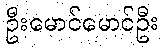
ဦးမောင်မောင်ဦး